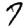
Digit: 9